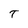
Character: T